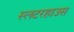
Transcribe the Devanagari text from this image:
स्लटरहाउस